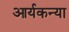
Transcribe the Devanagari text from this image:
आर्यकन्या